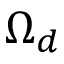
\Omega _ { d }